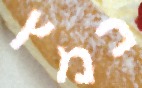
כמץ